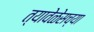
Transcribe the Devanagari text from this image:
त्यावेळेसच्या